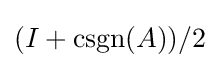
(I+\operatorname {csgn} (A))/2